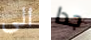
الى جدا